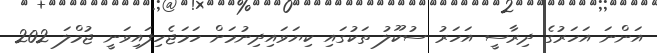
އަންނަ އަހަރުގެ ދިރާސީ އަހަރު ސުކޫލު ތަކުގައި ކިޔަވައިދިނުމަށް ހަމަޖެހިފައިވަނީ ޖުމްލަ 202